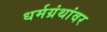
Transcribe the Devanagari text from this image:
धर्मग्रंथांवर